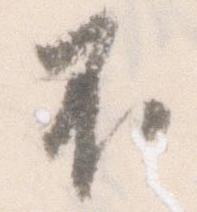
不